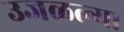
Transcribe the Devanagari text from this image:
उजळल्या